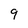
Character: 9